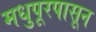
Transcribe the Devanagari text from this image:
मधुपूरपासून